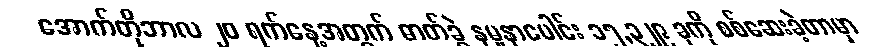
အောက်တိုဘာလ ၂၀ ရက်နေ့အတွက် ဓာတ်ခွဲ နမူနာပေါင်း ၁၅,၃၂၉ ခုကို စစ်ဆေးခဲ့တာမှာ